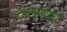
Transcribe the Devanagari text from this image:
दत्त्त्तात्रय